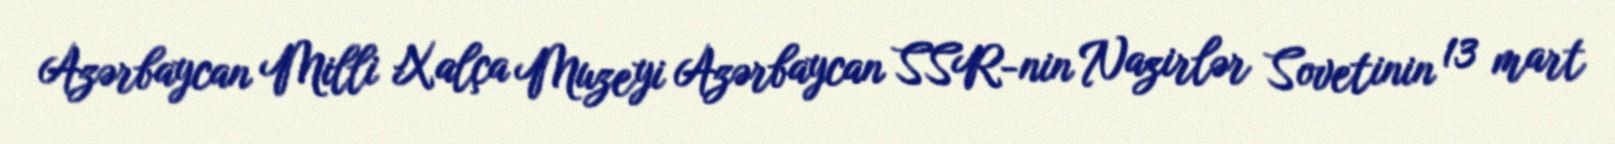
Azərbaycan Milli Xalça Muzeyi Azərbaycan SSR-nin Nazirlər Sovetinin 13 mart